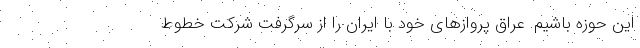
این حوزه باشیم. عراق پروازهای خود با ایران را از سرگرفت شرکت خطوط